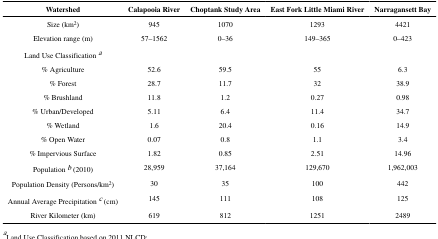
<table><thead><tr><td><b>Watershed</b></td><td><b>Calapooia River</b></td><td><b>Choptank Study Area</b></td><td><b>East Fork Little Miami River</b></td><td><b>Narragansett Bay</b></td></tr></thead><tbody><tr><td>Size (km<sup>2</sup>)</td><td>945</td><td>1070</td><td>1293</td><td>4421</td></tr><tr><td>Elevation range (m)</td><td>57–1562</td><td>0–36</td><td>149–365</td><td>0–423</td></tr><tr><td>Land Use Classification a</td><td></td><td></td><td></td><td></td></tr><tr><td>% Agriculture</td><td>52.6</td><td>59.5</td><td>55</td><td>6.3</td></tr><tr><td>% Forest</td><td>28.7</td><td>11.7</td><td>32</td><td>38.9</td></tr><tr><td>% Brushland</td><td>11.8</td><td>1.2</td><td>0.27</td><td>0.98</td></tr><tr><td>% Urban/Developed</td><td>5.11</td><td>6.4</td><td>11.4</td><td>34.7</td></tr><tr><td>% Wetland</td><td>1.6</td><td>20.4</td><td>0.16</td><td>14.9</td></tr><tr><td>% Open Water</td><td>0.07</td><td>0.8</td><td>1.1</td><td>3.4</td></tr><tr><td>% Impervious Surface</td><td>1.82</td><td>0.85</td><td>2.51</td><td>14.96</td></tr><tr><td>Population b (2010)</td><td>28,959</td><td>37,164</td><td>129,670</td><td>1,962,003</td></tr><tr><td>Population Density (Persons/km<sup>2</sup>)</td><td>30</td><td>35</td><td>100</td><td>442</td></tr><tr><td>Annual Average Precipitation c (cm)</td><td>145</td><td>111</td><td>108</td><td>125</td></tr><tr><td>River Kilometer (km)</td><td>619</td><td>812</td><td>1251</td><td>2489</td></tr></tbody></table>